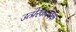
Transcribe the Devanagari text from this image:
उत्प्रेरकवर्धक